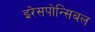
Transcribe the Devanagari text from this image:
इरेसपोन्सिबल